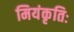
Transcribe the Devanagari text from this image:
मियंकृतिः